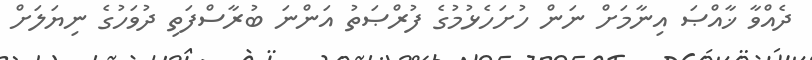
ދެއްވާ ޚާއްޞަ އިނާމަށް ނަން ހުށަހެޅުމުގެ ފުރްޞަތު އަންނަ ބުރާސްފަތި ދުވަހުގެ ނިޔަލަށް